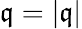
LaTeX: \mathfrak{q}=|\mathbf{{\mathfrak{q}}}|